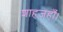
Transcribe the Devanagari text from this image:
शाहजहाँ।